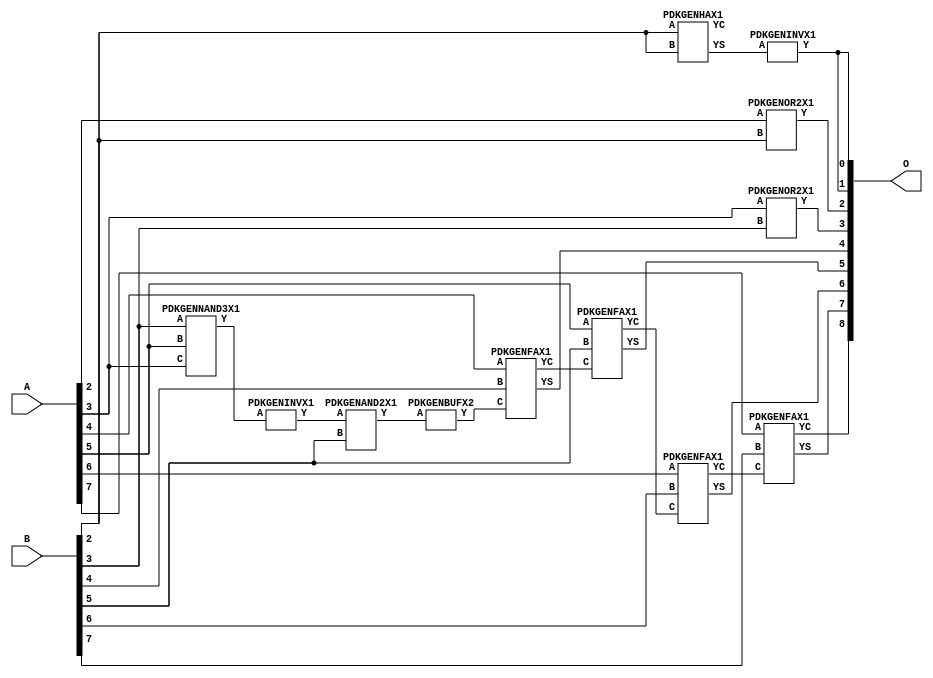
// Library = EvoApprox8b
// Circuit = add8_331
// Area   (180) = 748
// Delay  (180) = 1.280
// Power  (180) = 178.70
// Area   (45) = 55
// Delay  (45) = 0.470
// Power  (45) = 17.55
// Nodes = 12
// HD = 178304
// MAE = 3.57812
// MSE = 24.50000
// MRE = 1.87 %
// WCE = 15
// WCRE = 300 %
// EP = 85.9 %

module add8_331(A, B, O);
  input [7:0] A;
  input [7:0] B;
  output [8:0] O;
  wire [2031:0] N;

  assign N[0] = A[0];
  assign N[1] = A[0];
  assign N[2] = A[1];
  assign N[3] = A[1];
  assign N[4] = A[2];
  assign N[5] = A[2];
  assign N[6] = A[3];
  assign N[7] = A[3];
  assign N[8] = A[4];
  assign N[9] = A[4];
  assign N[10] = A[5];
  assign N[11] = A[5];
  assign N[12] = A[6];
  assign N[13] = A[6];
  assign N[14] = A[7];
  assign N[15] = A[7];
  assign N[16] = B[0];
  assign N[17] = B[0];
  assign N[18] = B[1];
  assign N[19] = B[1];
  assign N[20] = B[2];
  assign N[21] = B[2];
  assign N[22] = B[3];
  assign N[23] = B[3];
  assign N[24] = B[4];
  assign N[25] = B[4];
  assign N[26] = B[5];
  assign N[27] = B[5];
  assign N[28] = B[6];
  assign N[29] = B[6];
  assign N[30] = B[7];
  assign N[31] = B[7];

  PDKGENNAND3X1 n32(.A(N[22]), .B(N[10]), .C(N[6]), .Y(N[32]));
  assign N[33] = N[32];
  PDKGENHAX1 n40(.A(N[20]), .B(N[20]), .YS(N[40]), .YC(N[41]));
  PDKGENINVX1 n48(.A(N[33]), .Y(N[48]));
  PDKGENAND2X1 n78(.A(N[48]), .B(N[26]), .Y(N[78]));
  PDKGENINVX1 n126(.A(N[40]), .Y(N[126]));
  assign N[127] = N[126];
  PDKGENOR2X1 n132(.A(N[4]), .B(N[20]), .Y(N[132]));
  PDKGENOR2X1 n182(.A(N[6]), .B(N[22]), .Y(N[182]));
  PDKGENBUFX2 n212(.A(N[78]), .Y(N[212]));
  PDKGENFAX1 n232(.A(N[8]), .B(N[24]), .C(N[212]), .YS(N[232]), .YC(N[233]));
  PDKGENFAX1 n282(.A(N[10]), .B(N[26]), .C(N[233]), .YS(N[282]), .YC(N[283]));
  PDKGENFAX1 n332(.A(N[12]), .B(N[28]), .C(N[283]), .YS(N[332]), .YC(N[333]));
  PDKGENFAX1 n382(.A(N[14]), .B(N[30]), .C(N[333]), .YS(N[382]), .YC(N[383]));

  assign O[0] = N[127];
  assign O[1] = N[126];
  assign O[2] = N[132];
  assign O[3] = N[182];
  assign O[4] = N[232];
  assign O[5] = N[282];
  assign O[6] = N[332];
  assign O[7] = N[382];
  assign O[8] = N[383];

endmodule
/* mod */
module PDKGENFAX1( input A, input B, input C, output YS, output YC );
    assign YS = (A ^ B) ^ C;
    assign YC = (A & B) | (B & C) | (A & C);
endmodule
/* mod */
module PDKGENAND2X1(input A, input B, output Y );
     assign Y = A & B;
endmodule
/* mod */
module PDKGENOR2X1(input A, input B, output Y );
     assign Y = A | B;
endmodule
/* mod */
module PDKGENHAX1( input A, input B, output YS, output YC );
    assign YS = A ^ B;
    assign YC = A & B;
endmodule
/* mod */
module PDKGENINVX1(input A, output Y );
     assign Y = ~A;
endmodule
/* mod */
module PDKGENNAND3X1(input A, input B, input C, output Y );
     assign Y = ~((A & B) & C);
endmodule
/* mod */
module PDKGENBUFX2(input A, output Y );
     assign Y = A;
endmodule